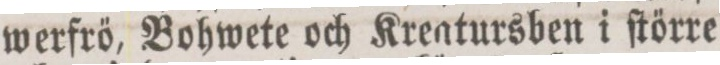
werfrö, Bohwete och Krentursben i ſtörre